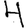
Digit: 4